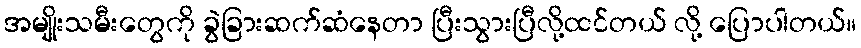
အမျိုးသမီးတွေကို ခွဲခြားဆက်ဆံနေတာ ပြီးသွားပြီလို့ထင်တယ် လို့ ပြောပါတယ်။